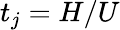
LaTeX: t_{j}=H/U